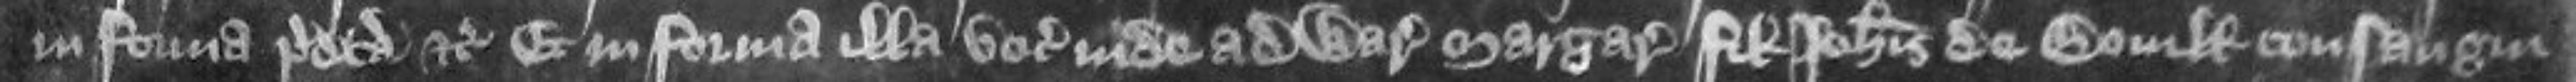
in forma predicta etc Et in forma illa vocat inde ad warantiam Margaretam filiam Johannis de Boville consangui